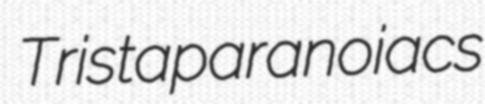
Trista paranoiacs